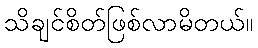
သိချင်စိတ်ဖြစ်လာမိတယ်။